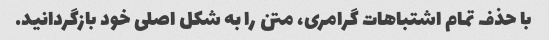
با حذف تمام اشتباهات گرامری، متن را به شکل اصلی خود بازگردانید.